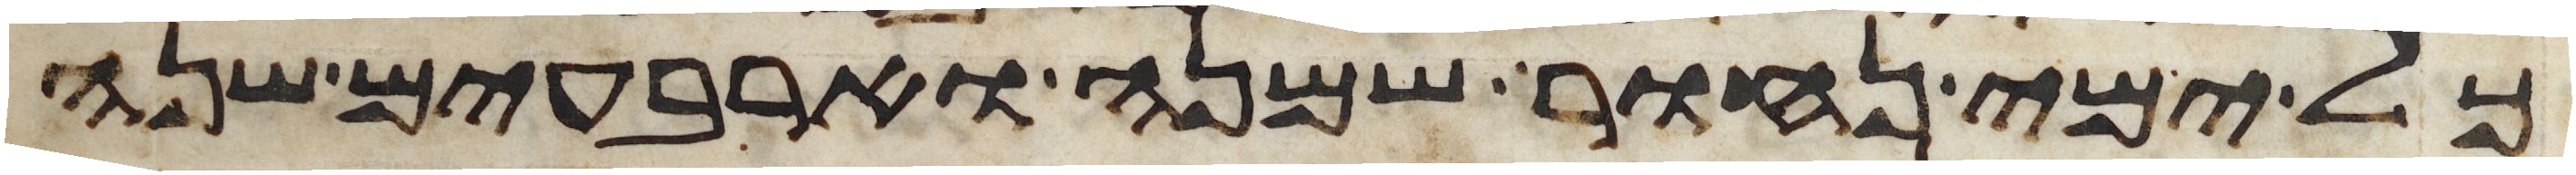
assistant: כל ימי נחור שמנה וארבעים שנה